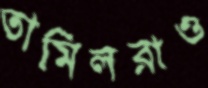
তামিলরাও